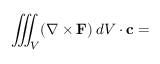
\iiint _ { V } ( \nabla \times \mathbf { F } ) \, d V \cdot \mathbf { c } =